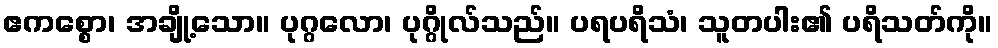
ဧကစ္စော၊ အချို့သော။ ပုဂ္ဂလော၊ ပုဂ္ဂိုလ်သည်။ ပရပရိသံ၊ သူတပါး၏ ပရိသတ်ကို။